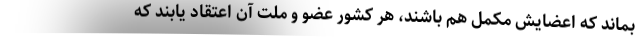
بماند که اعضایش مکمل هم باشند، هر کشور عضو و ملت آن اعتقاد یابند که